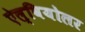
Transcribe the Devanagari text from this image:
ऐल्वियोलर